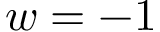
w = - 1